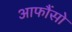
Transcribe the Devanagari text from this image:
आफौंसो